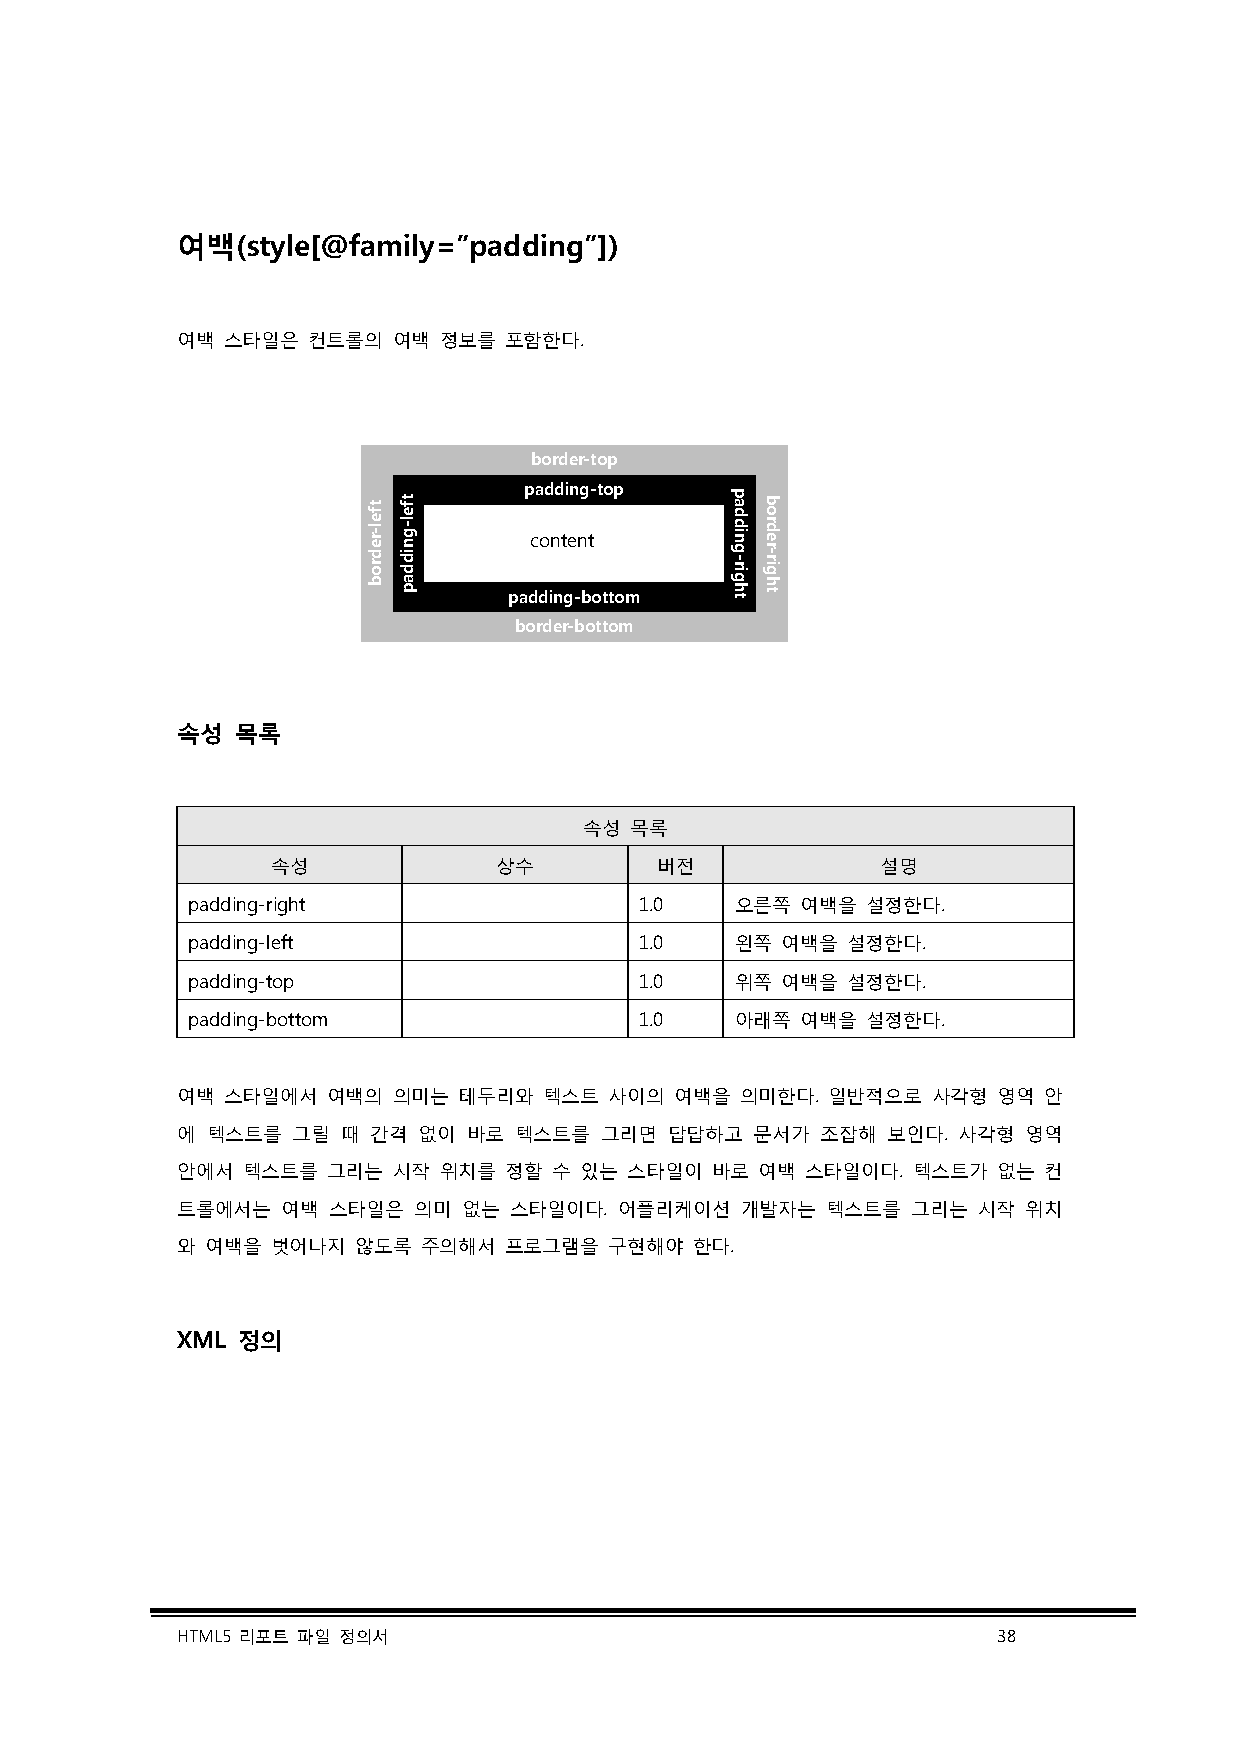
여백(style[@family=”padding”])
 여백 스타일은 컨트롤의  여백 정보를 포함한다.
 border-top
 padding-top
 content
 padding-bottom
 border-bottom
 속성  목록
 속성 목록
 속성             상수        버전             설명
 padding-right                 1.0    오른쪽 여백을 설정한다.
 padding-left                  1.0    왼쪽 여백을 설정한다.
 padding-top                   1.0    위쪽 여백을 설정한다.
 padding-bottom                1.0    아래쪽 여백을 설정한다.
 여백 스타일에서  여백의 의미는 테두리와  텍스트 사이의  여백을 의미한다. 일반적으로  사각형 영역 안
 에 텍스트를 그릴  때 간격 없이 바로 텍스트를  그리면 답답하고  문서가 조잡해  보인다. 사각형 영역
 안에서 텍스트를  그리는 시작 위치를 정할  수 있는 스타일이 바로 여백 스타일이다. 텍스트가  없는 컨
 트롤에서는  여백 스타일은 의미  없는 스타일이다. 어플리케이션  개발자는  텍스트를 그리는  시작 위치
 와 여백을 벗어나지  않도록 주의해서 프로그램을  구현해야  한다.
 XML 정의
 HTML5 리포트 파일 정의서                                      38
 tfel-redrob tfel-gniddap padding-right border-right